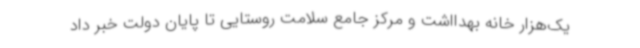
یک‌هزار خانه بهدااشت و مرکز جامع سلامت روستایی تا پایان دولت خبر داد